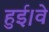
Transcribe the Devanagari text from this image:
हुई।वे